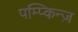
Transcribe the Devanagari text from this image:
पम्प्किन्ज़